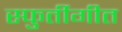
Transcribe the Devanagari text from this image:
स्फुर्तीगीत